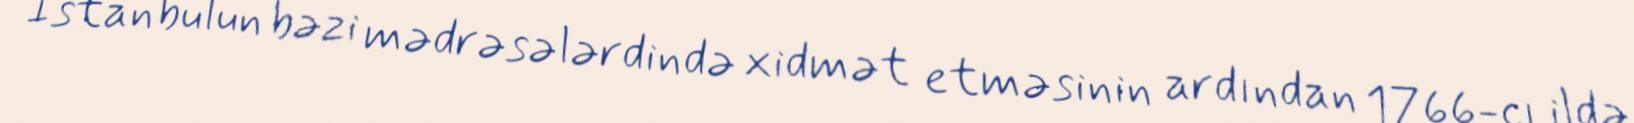
İstanbulun bəzi mədrəsələrdində xidmət etməsinin ardından 1766-cı ildə